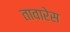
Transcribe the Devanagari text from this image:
तावारेस